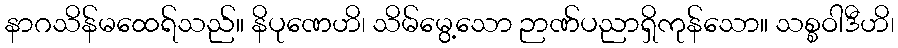
နာဂသိန်မထေရ်သည်။ နိပုဏေဟိ၊ သိမ်မွေ့သော ဉာဏ်ပညာရှိကုန်သော။ သစ္စဝါဒီဟိ၊